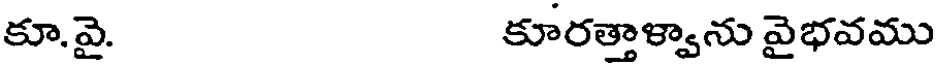
కూ.వై. కూరత్తాళ్వాను వైభవము